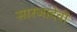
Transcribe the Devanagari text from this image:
सारजादेवी